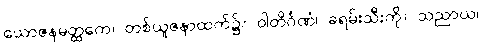
ယောဇနမတ္ထကေ၊ တစ်ယူဇနာထက်၌။ ဝါတိင်္ဂဏံ၊ ခရမ်းသီးကို။ သညာယ၊